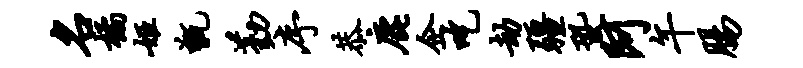
名橘姬甑勤序恭鹿企吃劫疆蛩阿午肠